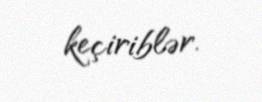
keçiriblər.